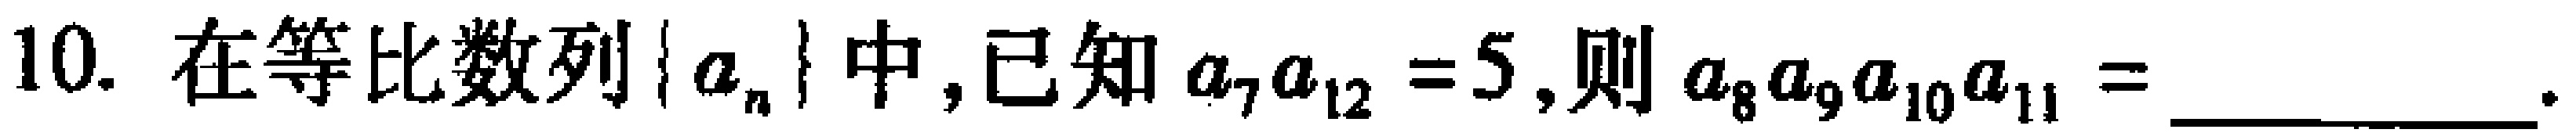
10. 在等比数列\(\{ a_{n}\}\)中,已知\(a_{7}a_{12}=5\),则\(a_{8}a_{9}a_{10}a_{11} =\) __________.